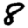
Digit: 8